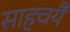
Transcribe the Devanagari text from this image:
साहचर्यै